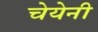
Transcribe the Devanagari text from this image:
चेयेनी